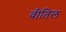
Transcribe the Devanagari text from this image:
वीतिल